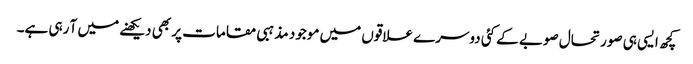
کچھ ایسی ہی صورتحال صوبے کے کئی دوسرے علاقوں میں موجود مذہبی مقامات پر بھی دیکھنے میں آ رہی ہے۔